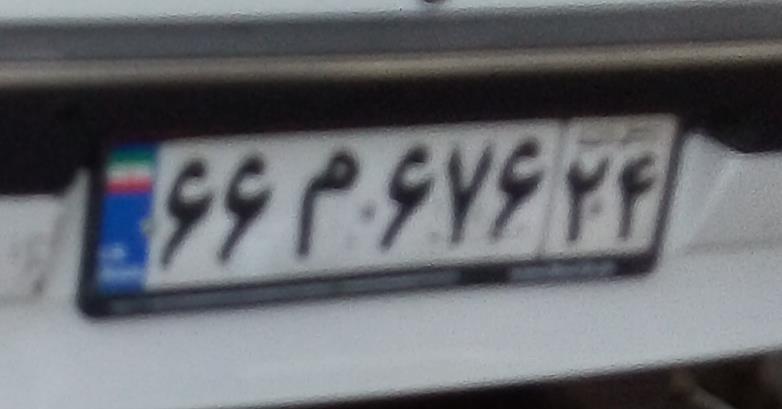
۶۶م۶۷۶۲۴